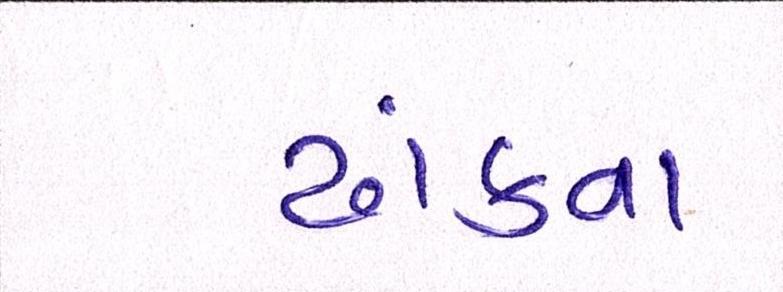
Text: ઢાંકવા